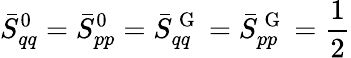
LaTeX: \bar{S}_{qq}^{0}=\bar{S}_{pp}^{0}=\bar{S}_{qq}^{\mathrm{~G~}}=\bar{S}_{pp}^{\mathrm{~G~}}=\frac{1}{2}